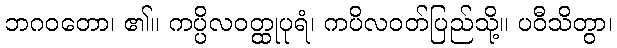
ဘဂဝတော၊ ၏။ ကပ္ပိလဝတ္ထုပုရံ၊ ကပိလဝတ်ပြည်သို့။ ပဝီသိတွာ၊